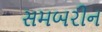
સમબરીન